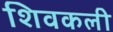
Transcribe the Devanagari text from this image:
शिवकली